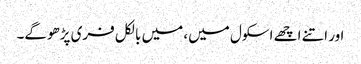
اور اتنے اچھے اسکول میں، میں بالکل فری پڑھوگے۔